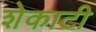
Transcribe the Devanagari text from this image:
शेकाटी